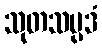
သုတသမ္ပဒံ